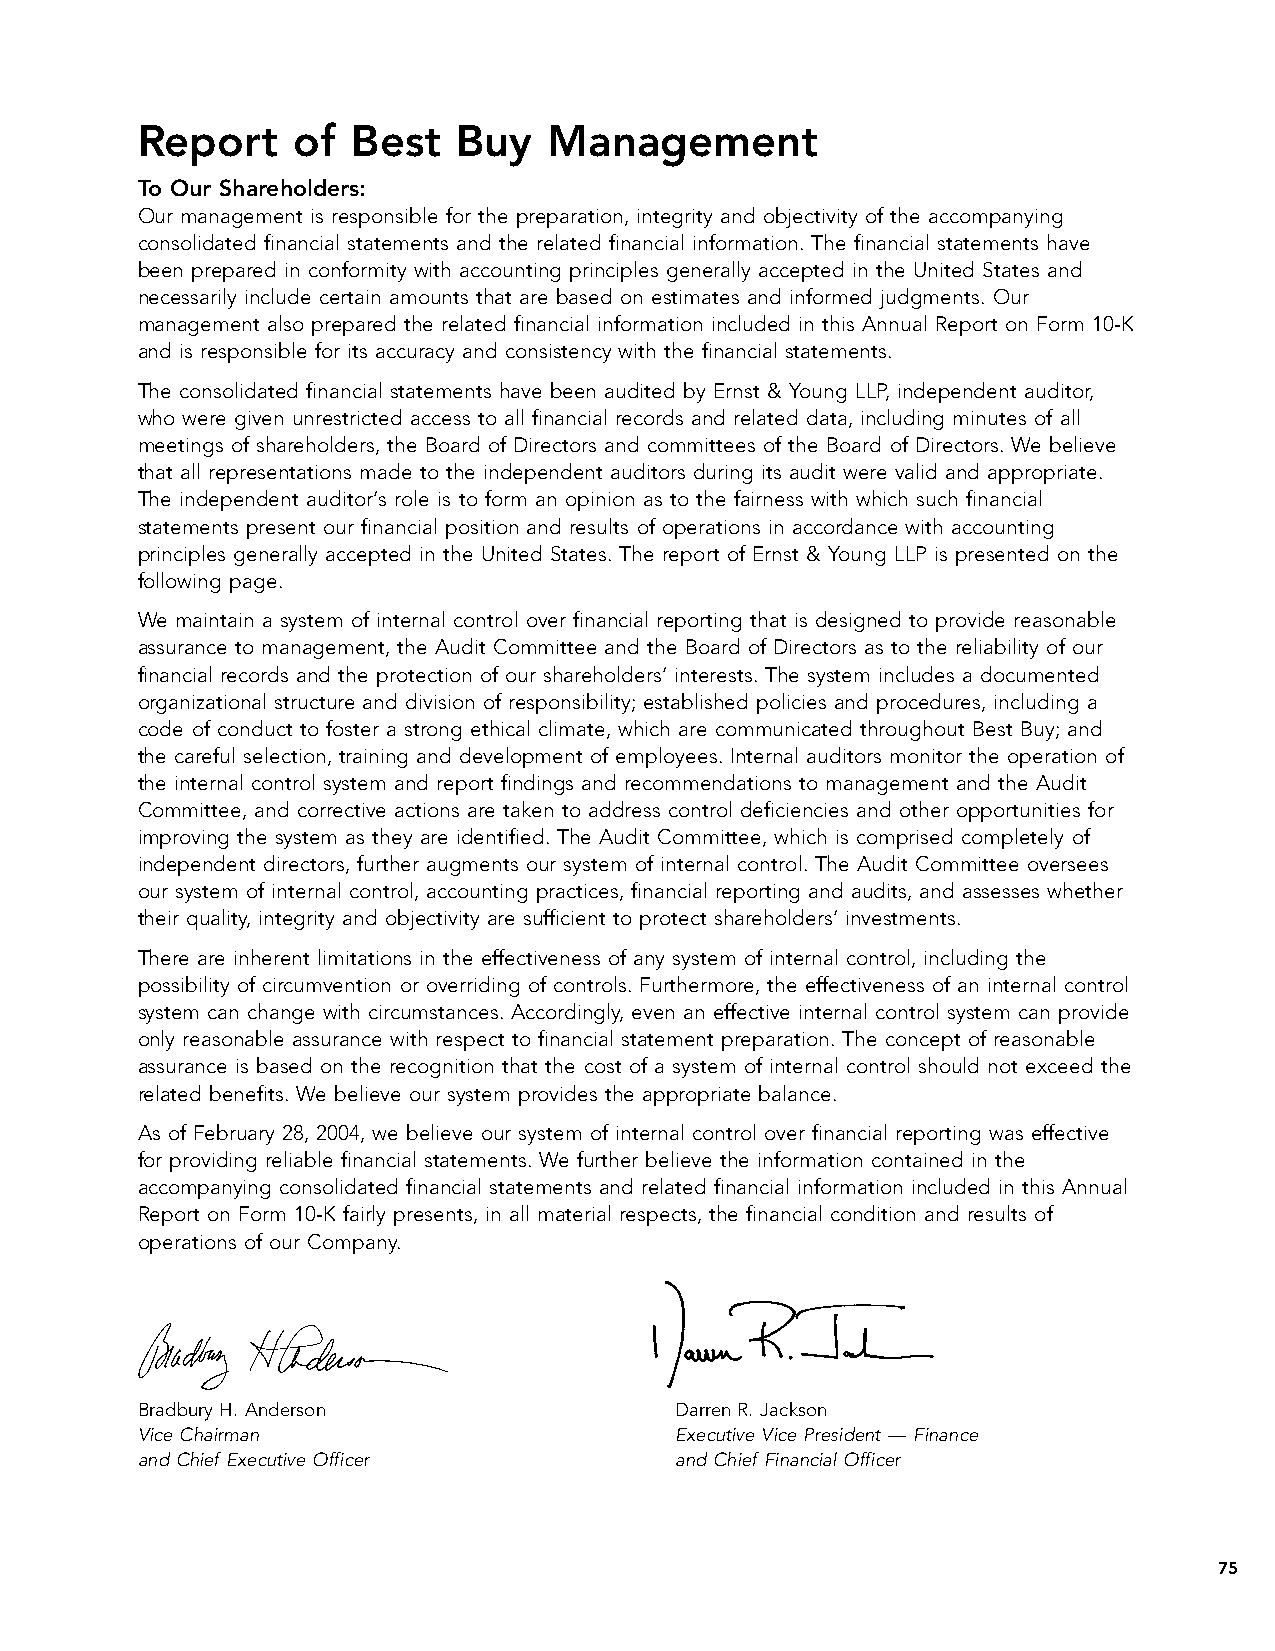
Report    of  Best   Buy   Management
 To Our Shareholders:
 Our management is responsible for the preparation, integrity and objectivity of the accompanying
 consolidated financial statements and the related financial information. The financial statements have
 been prepared in conformity with accounting principles generally accepted in the United States and
 necessarily include certain amounts that are based on estimates and informed judgments. Our
 management also prepared the related financial information included in this Annual Report on Form 10-K
 and is responsible for its accuracy and consistency with the financial statements.
 The consolidated financial statements have been audited by Ernst & Young LLP, independent auditor,
 who were given unrestricted access to all financial records and related data, including minutes of all
 meetings of shareholders, the Board of Directors and committees of the Board of Directors. We believe
 that all representations made to the independent auditors during its audit were valid and appropriate.
 The independent auditor’s role is to form an opinion as to the fairness with which such financial
 statements present our financial position and results of operations in accordance with accounting
 principles generally accepted in the United States. The report of Ernst & Young LLP is presented on the
 following page.
 We maintain a system of internal control over financial reporting that is designed to provide reasonable
 assurance to management, the Audit Committee and the Board of Directors as to the reliability of our
 financial records and the protection of our shareholders’ interests. The system includes a documented
 organizational structure and division of responsibility; established policies and procedures, including a
 code of conduct to foster a strong ethical climate, which are communicated throughout Best Buy; and
 the careful selection, training and development of employees. Internal auditors monitor the operation of
 the internal control system and report findings and recommendations to management and the Audit
 Committee, and corrective actions are taken to address control deficiencies and other opportunities for
 improving the system as they are identified. The Audit Committee, which is comprised completely of
 independent directors, further augments our system of internal control. The Audit Committee oversees
 our system of internal control, accounting practices, financial reporting and audits, and assesses whether
 their quality, integrity and objectivity are sufficient to protect shareholders’ investments.
 There are inherent limitations in the effectiveness of any system of internal control, including the
 possibility of circumvention or overriding of controls. Furthermore, the effectiveness of an internal control
 system can change with circumstances. Accordingly, even an effective internal control system can provide
 only reasonable assurance with respect to financial statement preparation. The concept of reasonable
 assurance is based on the recognition that the cost of a system of internal control should not exceed the
 related benefits. We believe our system provides the appropriate balance.
 As of February 28, 2004, we believe our system of internal control over financial reporting was effective
 for providing reliable financial statements. We further believe the information contained in the
 accompanying consolidated financial statements and related financial information included in this Annual
 Report on Form 10-K fairly presents, in all material respects, the financial condition and results of
 operations of our Company.
 30APR200413020799               30APR200414012312
 Bradbury H. Anderson                Darren R. Jackson
 Vice Chairman                       Executive Vice President — Finance
 and Chief Executive Officer         and Chief Financial Officer
 75